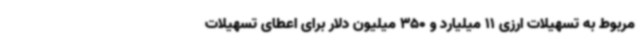
مربوط به تسهیلات ارزی 11 میلیارد و 350 میلیون دلار برای اعطای تسهیلات